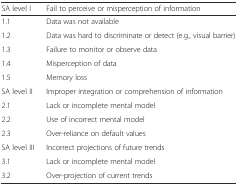
| SA level I | Fail to perceive or misperception of information |
 | --- | --- |
 | 1.1 | Data was not available |
 | 1.2 | Data was hard to discriminate or detect (e.g., visual barrier) |
 | 1.3 | Failure to monitor or observe data |
 | 1.4 | Misperception of data |
 | 1.5 | Memory loss |
 | SA level II | Improper integration or comprehension of information |
 | 2.1 | Lack or incomplete mental model |
 | 2.2 | Use of incorrect mental model |
 | 2.3 | Over-reliance on default values |
 | SA level III | Incorrect projections of future trends |
 | 3.1 | Lack or incomplete mental model |
 | 3.2 | Over-projection of current trends |